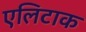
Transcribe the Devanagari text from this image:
एलिटाक